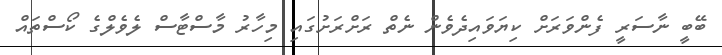
ބޭބީ ނާސަރީ ފެންވަރަށް ކިޔަވައިދެވެން ނެތް ރަށްރަށުގައި މިހާރު މާސްޓާސް ލެވެލްގެ ކޯސްތައް